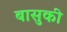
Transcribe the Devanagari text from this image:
बासुकी